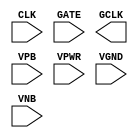
module sky130_fd_sc_lp__dlclkp (
    //# {{clocks|Clocking}}
    input  CLK ,
    input  GATE,
    output GCLK,

    //# {{power|Power}}
    input  VPB ,
    input  VPWR,
    input  VGND,
    input  VNB
);
endmodule